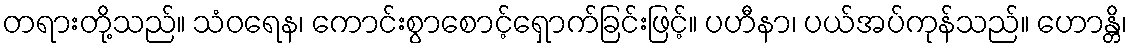
တရားတို့သည်။ သံဝရေန၊ ကောင်းစွာစောင့်ရှောက်ခြင်းဖြင့်။ ပဟီနာ၊ ပယ်အပ်ကုန်သည်။ ဟောန္တိ၊